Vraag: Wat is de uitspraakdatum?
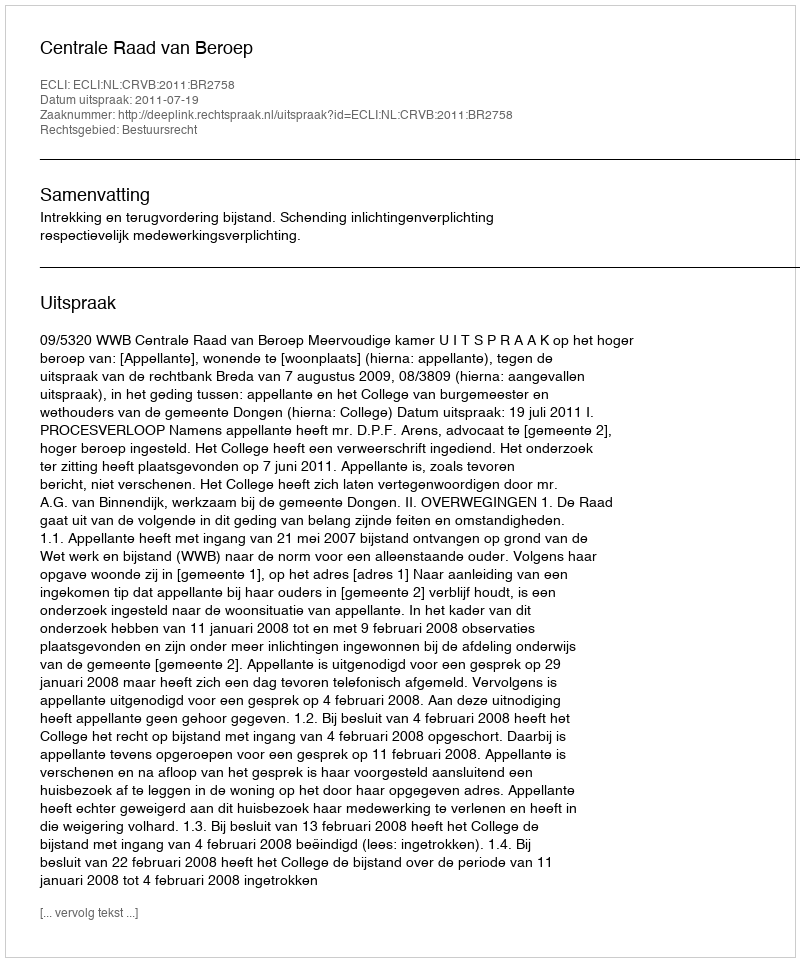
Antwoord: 2011-07-19